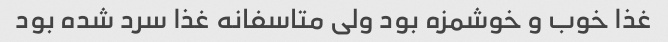
غذا خوب و خوشمزه بود ولی متاسفانه غذا سرد شده بود